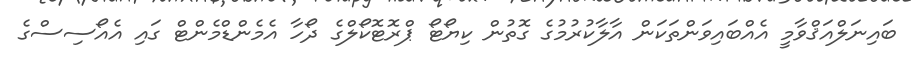
ބައިނަލްއަޤްވާމީ އެއްބައިވަންތަކަން އާލާކުރުމުގެ ގޮތުން ކިޔޯޓޯ ޕްރޮޓޮކޯލްގެ ދޯހާ އެމެންޑްމެންޓް ގައި އެއޯސިސްގެ